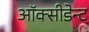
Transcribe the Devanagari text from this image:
ऑक्सीडेन्ट